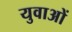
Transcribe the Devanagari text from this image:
युवाअों